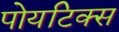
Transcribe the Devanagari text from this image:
पोयटिक्स